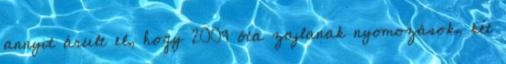
annyit árult el, hogy 2009 óta zajlanak nyomozások, két